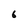
Character: 6